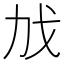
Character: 𫻧